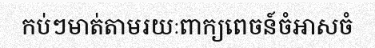
កប់ៗមាត់តាមរយៈពាក្យពេចន៍ចំអាសចំ